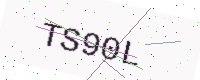
Text: TS90L